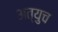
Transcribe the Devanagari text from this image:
अत्युच